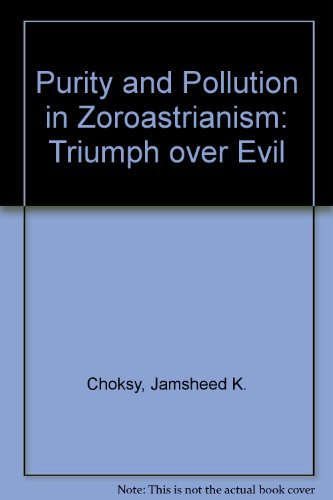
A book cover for Purity and Pollution in Zoroastrianism: Triumph over Evil; Jamsheed K. Choksy; Religion & Spirituality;